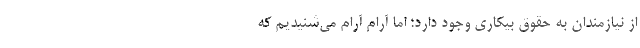
از نیازمندان به حقوق بیکاری وجود دارد؛ اما آرام آرام می‌شنیدیم که